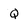
Character: Q